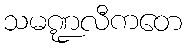
သမဏ္ဍလီကတေ